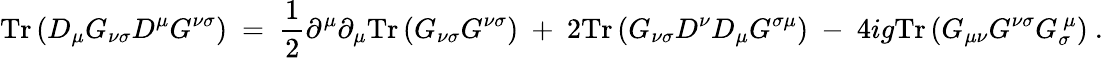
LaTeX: \mathrm{Tr}\left(D_{\mu}G_{\nu\sigma}D^{\mu}G^{\nu\sigma}\right)~=~\frac{1}{2}\partial^{\mu}\partial_{\mu}\mathrm{Tr}\left(G_{\nu\sigma}G^{\nu\sigma}\right)~+~2\mathrm{Tr}\left(G_{\nu\sigma}D^{\nu}D_{\mu}G^{\sigma\mu}\right)~-~4ig\mathrm{Tr}\left(G_{\mu\nu}G^{\nu\sigma}G_{\sigma}^{~\mu}\right)~.